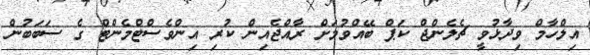
އިލްހާމް ވިދާޅުވީ ޗެލެންޖް ކަޕް ބޭއްވުމަށް ރާއްޖެއިން ކުރި އިންވެސްޓްމެންޓް ގެ ސަބަބުން